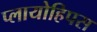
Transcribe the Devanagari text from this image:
प्लायोहिपस